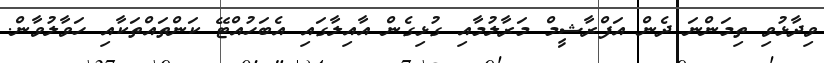
ވިދާޅުވި ތިމަންނަ ދެން އަފްރާޝީމް މަރާލުމާއި ގުޅިގެން އާއިލާގައި އެބަހުއްޓޭ ކަންތައްތަކާއި ހަވާލުވާން.